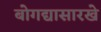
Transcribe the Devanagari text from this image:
बोगद्यासारखे